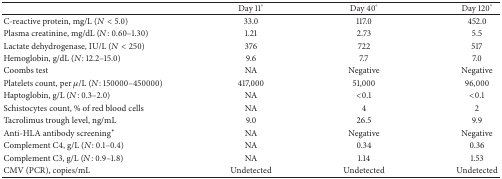
|  | Day 11° | Day 40° | Day 120° |
 | --- | --- | --- | --- |
 | C-reactive protein, mg/L (N < 5.0) | 33.0 | 117.0 | 452.0 |
 | Plasma creatinine, mg/dL (N: 0.60–1.30) | 1.21 | 2.73 | 5.5 |
 | Lactate dehydrogenase, IU/L (N < 250) | 376 | 722 | 517 |
 | Hemoglobin, g/dL (N: 12.2–15.0) | 9.6 | 7.7 | 7.0 |
 | Coombs test | NA | Negative | Negative |
 | Platelets count, per μ/L (N: 150000–450000) | 417,000 | 51,000 | 96,000 |
 | Haptoglobin, g/L (N: 0.3–2.0) | NA | <0.1 | <0.1 |
 | Schistocytes count, % of red blood cells | NA | 4 | 2 |
 | Tacrolimus trough level, ng/mL | 9.0 | 26.5 | 9.9 |
 | Anti-HLA antibody screening∗ | NA | Negative | Negative |
 | Complement C4, g/L (N: 0.1–0.4) | NA | 0.34 | 0.36 |
 | Complement C3, g/L (N: 0.9–1.8) | NA | 1.14 | 1.53 |
 | CMV (PCR), copies/mL | Undetected | Undetected | Undetected |